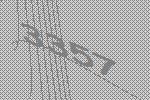
3357